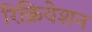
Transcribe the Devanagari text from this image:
रिक्रियेशन